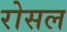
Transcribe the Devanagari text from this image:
रोसल